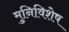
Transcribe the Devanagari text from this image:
मुनिविशेष